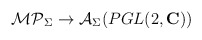
\begin{align*}{\cal MP}_\Sigma \rightarrow {\cal A}_{\Sigma}(PGL(2,{\bf C}))\end{align*}